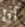
أنا